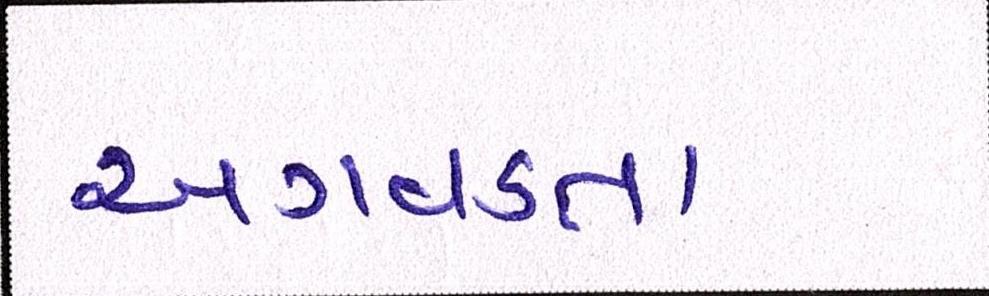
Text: અગવડતા